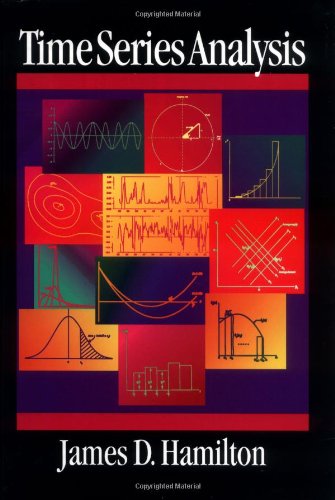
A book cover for Time Series Analysis; James Douglas Hamilton; Business & Money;